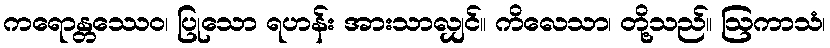
ကရောန္တဿေဝ၊ ပြုသော ရဟန်း အားသာလျှင်။ ကိလေသာ၊ တို့သည်။ ဩကာသံ၊